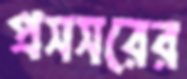
প্রসসরের